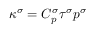
\kappa ^ { \sigma } = C _ { p } ^ { \sigma } \tau ^ { \sigma } p ^ { \sigma }